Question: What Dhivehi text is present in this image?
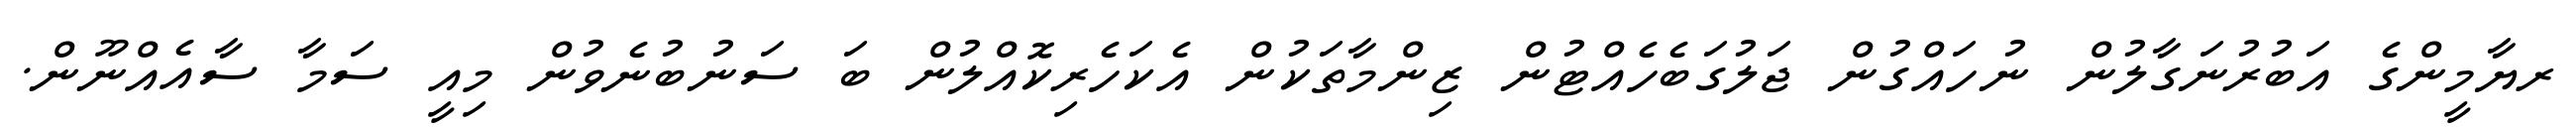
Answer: ރޔާމީންގެ އަބުރުނަގާލުން ނުހައްގުން ޖަލުގަބެހެއްޓުން ޒިންމާތަކުން އެކަހެރިކޮއްލުން ބަ ސަނުބުނެވުން މިއީ ސަމާ ސާއެއްނޫން.